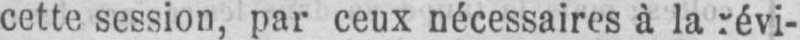
cette session, par ceux nécessaires à la révi-